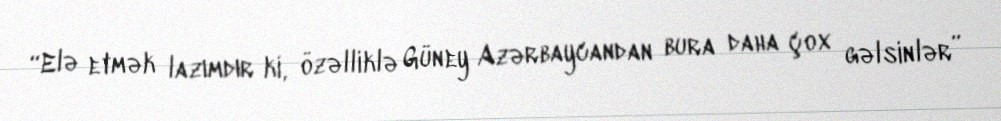
“Elə etmək lazımdır ki, özəlliklə Güney Azərbaycandan bura daha çox gəlsinlər”